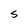
Character: S